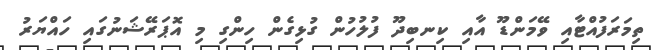
ތިމަރަފުއްޓާއި ވޭމަންޑޫ އާއި ކިނބިދޫ ފުލުހުން ގުޅިގެން ހިންގި މި އޮޕަރޭޝަނުގައި ހައްޔަރު